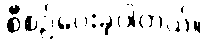
စီစဉ်ပေးခဲ့ပါတယ်။